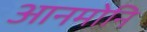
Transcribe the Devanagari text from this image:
आनमोनि